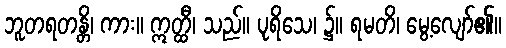
ဘူတရတန္တိ၊ ကား။ ဣတ္ထီ၊ သည်။ ပုရိသေ၊ ၌။ ရမတိ၊ မွေ့လျော်၏။